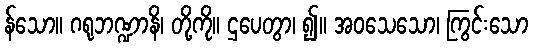
န်သော။ ဂရုဘဏ္ဍာနိ၊ တို့ကို။ ဌပေတွာ၊ ၍။ အဝသေသော၊ ကြွင်းသော